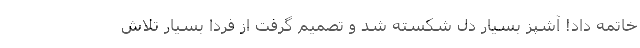
خاتمه داد! آشپز بسیار دل شکسته شد و تصمیم گرفت از فردا بسیار تلاش